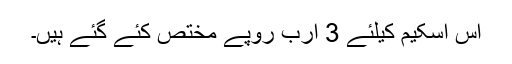
اس اسکیم کیلئے 3 ارب روپے مختص کئے گئے ہیں۔